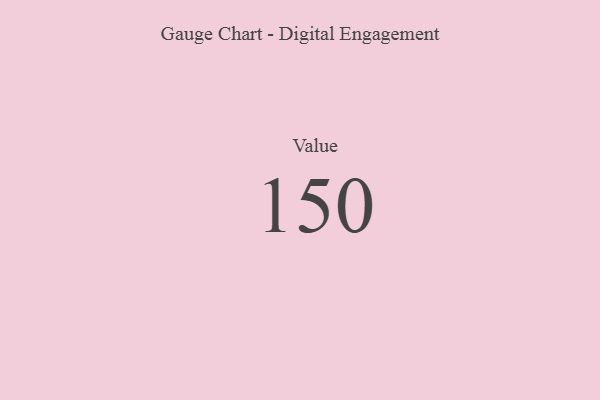
{"axis": {"x": "Metric", "y": "Value"}, "legend": [""], "data": [{"x": "Value", "y": 150, "type": ""}]}